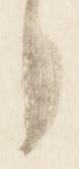
々